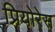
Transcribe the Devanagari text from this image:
प्रियोरेस